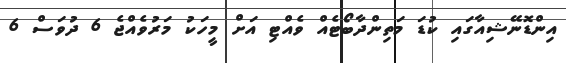
އިންޑޮނޭޝިއާގައި ކުޑަ މަތިންދާބޯޓެއް ވެއްޓި އަށް މީހަކު މަރުވެއްޖެ 6 ދުވަސް 6